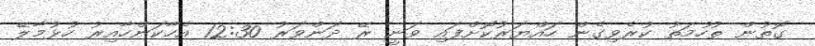
ގޮތުން ތުހުމަތު ކުރެވިގެން ހައްޔަރުކޮށްފައި ވަނީ ރޭ ދަންވަރު 12:30 އެހާކަންހާއިރު ހުޅުމާލޭ